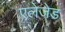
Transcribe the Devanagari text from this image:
एलेजेड